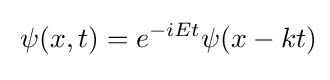
{\frac {}{}}\psi (x,t)=e^{-iEt}\psi (x-kt)